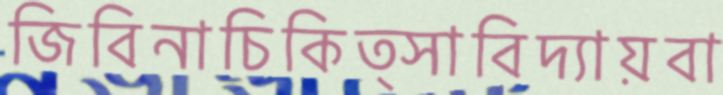
জিবিনাচিকিত্সাবিদ্যায়বা